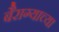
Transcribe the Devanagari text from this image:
बैराग्याच्या